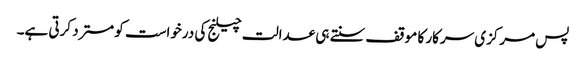
پس مرکزی سرکار کا موقف سنتے ہی عدالت چیلنج کی درخواست کو مسترد کرتی ہے۔